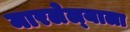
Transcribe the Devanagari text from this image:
मारलेल्‍याला